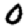
Digit: 0